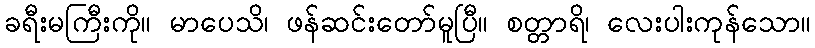
ခရီးမကြီးကို။ မာပေသိ၊ ဖန်ဆင်းတော်မူပြီ။ စတ္တာရိ၊ လေးပါးကုန်သော။